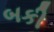
બકી